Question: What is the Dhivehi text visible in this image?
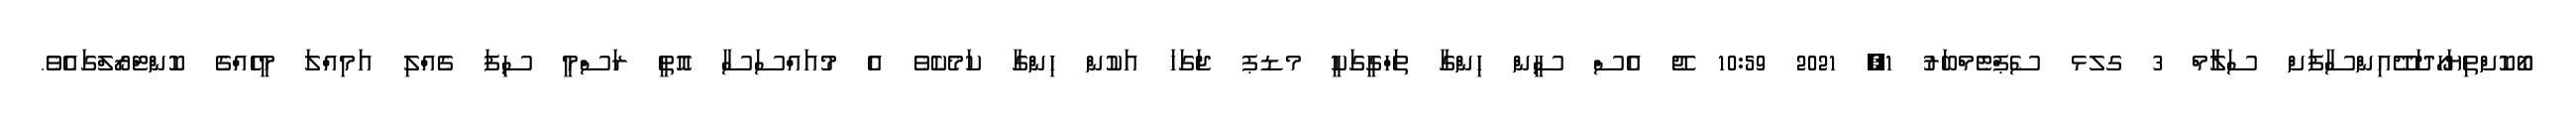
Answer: ބޯކޮށްތިޔަހޯދަދޭއިންސާފަށް ސަލާމް 3 ގލޅ ސެޕްޓެމްބަރު 1, 2021 10:59 ޖޭ އެސް ސީން ހިންގާ ތަހްގީގަކީ މޑޕ ޖަގަހަ އަކުން ހިންގާ ކަމެކެވެ އެ މުއައްސަސާ އޮތީ ރަސްމީ ސިފަ ގެއްލި އަމިއްލަ މީހެއްގެ ކޮންޓްރޯލްގައެވެ.